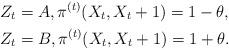
LaTeX: \begin{align*}Z_t&=A, \pi^{(t)}(X_t,X_t+1)=1-\theta,\\Z_t&=B, \pi^{(t)}(X_t,X_t+1)=1+\theta.\end{align*}